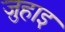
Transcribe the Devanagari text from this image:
ज़ुहाइ